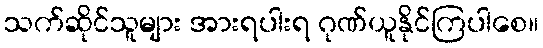
သက်ဆိုင်သူများ အားရပါးရ ဂုဏ်ယူနိုင်ကြပါစေ။